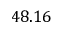
4 8 . 1 6